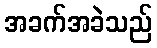
အခက်အခဲသည်